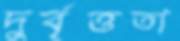
দুর্বৃত্ততা